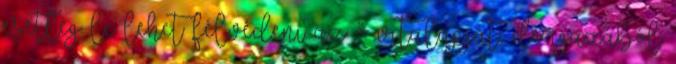
esetleg le lehet félvédeni az ő vitalapját, de igazából